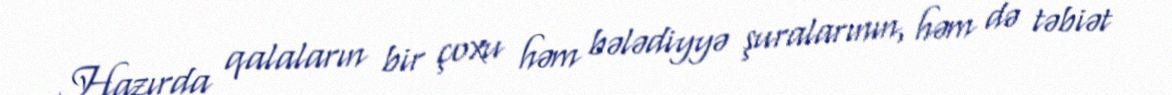
Hazırda qalaların bir çoxu həm bələdiyyə şuralarının, həm də təbiət